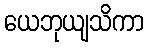
ယေဘုယျသိကာ